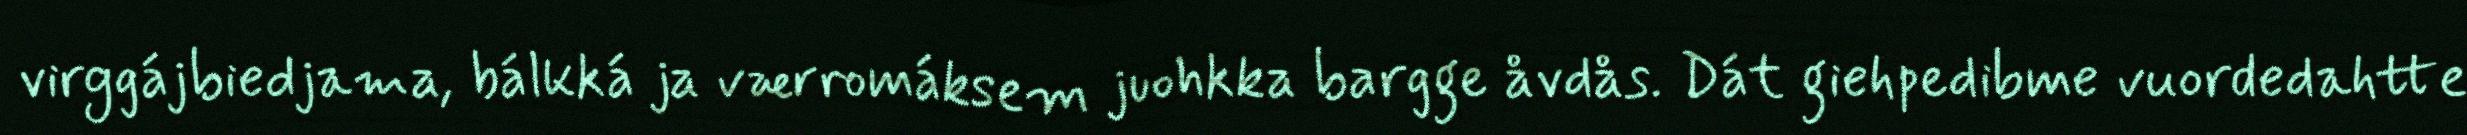
virggájbiedjama, bálkká ja værromáksem juohkka bargge åvdås. Dát giehpedibme vuordedahtte